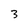
Character: 3